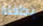
بطفلة